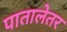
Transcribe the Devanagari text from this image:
पातालेतर